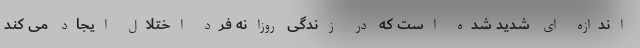
اندازه ای شدید شده است که در زندگی روزانه فرد اختلال ایجاد می کند